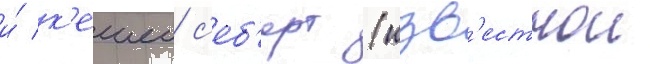
и́ к'ешеи с'еб'ерт (изв'естнои